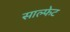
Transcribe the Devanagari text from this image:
साल्फेट